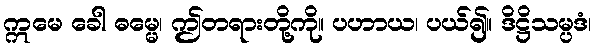
ဣမေ ခေါ ဓမ္မေ၊ ဤတရားတို့ကို။ ပဟာယ၊ ပယ်၍။ ဒိဋ္ဌိသမ္ပဒံ၊